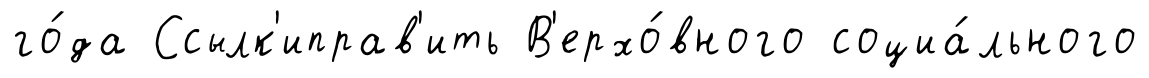
го́да Ссылк'иправ'ить В'ерхо́вного социа́льного